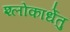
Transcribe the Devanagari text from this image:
श्लोकार्धेतु